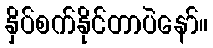
နှိပ်စက်နိုင်တာပဲနော်။